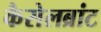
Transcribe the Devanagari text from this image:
कैसेलब्रांट